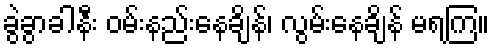
ခွဲခွာခါနီး ဝမ်းနည်းနေချိန်၊ လွမ်းနေချိန် မရကြ။